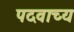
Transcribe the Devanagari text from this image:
पदवाच्य